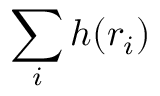
\sum _ { i } h ( r _ { i } )